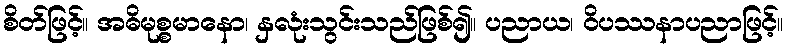
စိတ်ဖြင့်။ အဓိမုစ္စမာနော၊ နှလုံးသွင်းသည်ဖြစ်၍။ ပညာယ၊ ဝိပဿနာပညာဖြင့်။